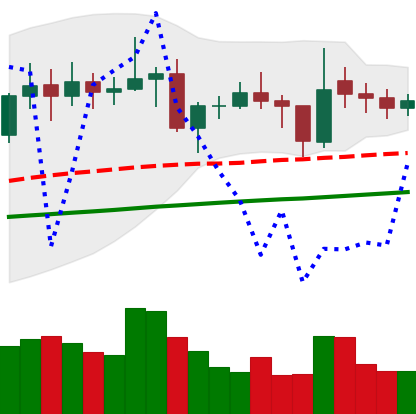
Ticker: ETC-USD
Chart end date: 2021-02-01
Forward return: 16.592%
Label: up_7plus